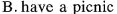
B.have a picnic